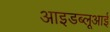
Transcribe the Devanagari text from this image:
आइडब्लूआई